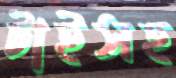
টাইসহ